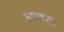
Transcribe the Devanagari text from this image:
आइसा